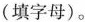
(填字母)。